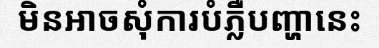
មិនអាចសុំការបំភ្លឺបញ្ហានេះ